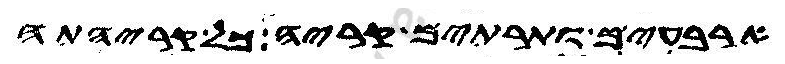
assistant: ארבעים ותרתין קריה כל קריהתה